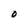
Character: O